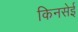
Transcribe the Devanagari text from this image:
किनसेई